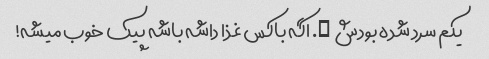
یکم سرد شده بودش …. اگه باکس غذا داشه باشه پیک خوب میشه!